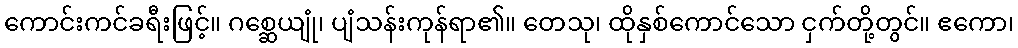
ကောင်းကင်ခရီးဖြင့်။ ဂစ္ဆေယျုံ၊ ပျံသန်းကုန်ရာ၏။ တေသု၊ ထိုနှစ်ကောင်သော ငှက်တို့တွင်။ ဧကော၊